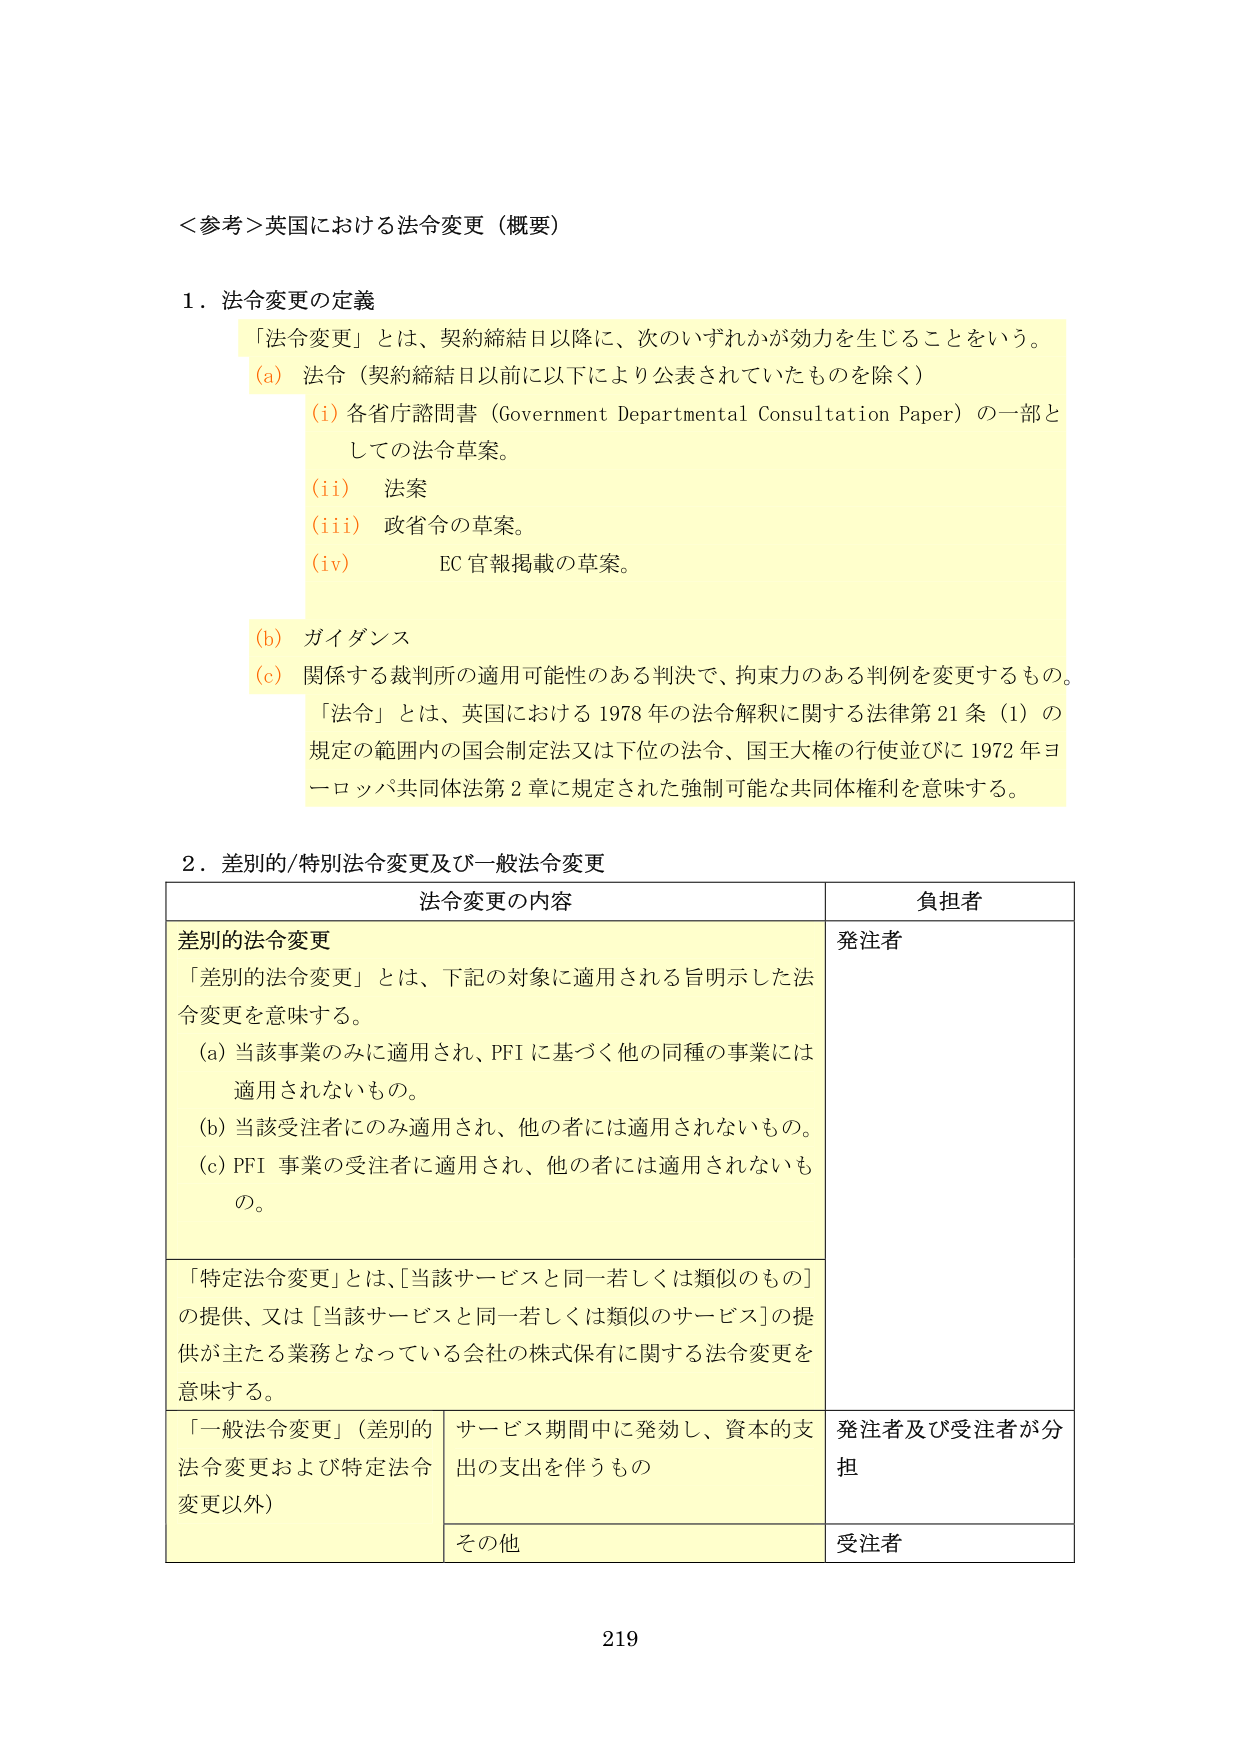
＜参考＞英国における法令変更（概要）

１．法令変更の定義
「法令変更」とは、契約締結日以降に、次のいずれかが効力を生じることをいう。
（a）法令（契約締結日以前に以下により公表されていたものを除く）
　（i）各省庁諮問書（Government Departmental Consultation Paper）の一部としての法令草案。
　（ii）法案
　（iii）政省令の草案。
　（iv）EC官報掲載の草案。
（b）ガイダンス
（c）関係する裁判所の適用可能性のある判決で、拘束力のある判例を変更するもの。
「法令」とは、英国における1978年の法令解釈に関する法律第21条（1）の規定の範囲内の国会制定法又は下位の法令、国王大権の行使並びに1972年ヨーロッパ共同体法第2章に規定された強制可能な共同体権利を意味する。

２．差別的/特別法令変更及び一般法令変更
| 法令変更の内容 | 負担者 |
|---|---|
| 差別的法令変更<br>「差別的法令変更」とは、下記の対象に適用される旨明示した法令変更を意味する。<br>（a）当該事業のみに適用され、PFIに基づく他の同種の事業には適用されないもの。<br>（b）当該受注者にのみ適用され、他の者には適用されないもの。<br>（c）PFI事業の受注者に適用され、他の者には適用されないもの。 | 発注者 |
| 「特定法令変更」とは、[当該サービスと同一若しくは類似のもの]の提供、又は[当該サービスと同一若しくは類似のサービス]の提供が主たる業務となっている会社の株式保有に関する法令変更を意味する。 | |
| 「一般法令変更」（差別的法令変更および特定法令変更以外）<br>サービス期間中に発効し、資本的支出の支出を伴うもの | 発注者及び受注者が分担 |
| その他 | 受注者 |

219